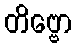
တိဗ္ဗော